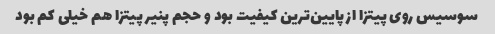
سوسیس روی پیتزا از پایین‌ترین کیفیت بود و حجم پنیر پیتزا هم خیلی کم بود